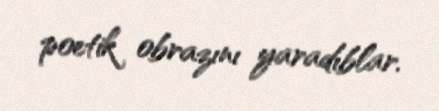
poetik obrazını yaradıblar.